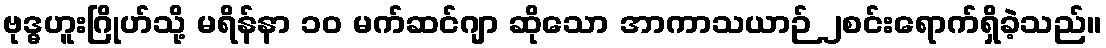
ဗုဒ္ဓဟူးဂြိုဟ်သို့ မရိန်နာ ၁၀ မက်ဆင်ဂျာ ဆိုသော အာကာသယာဉ် ၂စင်းရောက်ရှိခဲ့သည်။